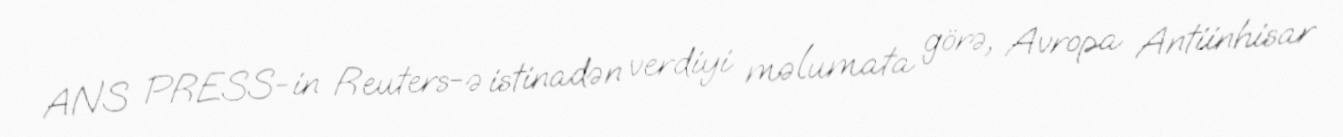
ANS PRESS-in Reuters-ə istinadən verdiyi məlumata görə, Avropa Antiinhisar